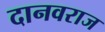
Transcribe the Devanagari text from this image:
दानवराज